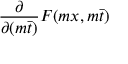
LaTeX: \frac { \partial } { \partial ( m \bar { t } ) } F ( m x , m \bar { t } )